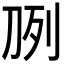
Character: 𰄧